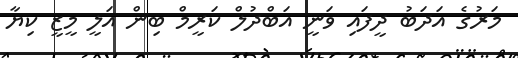
މަރުގެ އަދަބު ދީފައި ވަނީ އަބްދުލް ކަރީމް ބިން އަލީ މީޒީ ކިޔާ